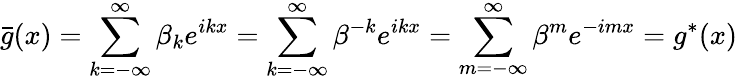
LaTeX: \bar{g}(x)=\sum_{k=-\infty}^{\infty}\beta_{k}e^{ikx}=\sum_{k=-\infty}^{\infty}\beta^{-k}e^{ikx}=\sum_{m=-\infty}^{\infty}\beta^{m}e^{-imx}=g^{*}(x)